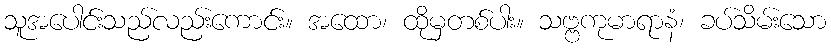
သူအပေါင်းသည်လည်းကောင်း။ အထော၊ ထိုမှတစ်ပါး။ သဗ္ဗကုမာရာနံ၊ ခပ်သိမ်းသော